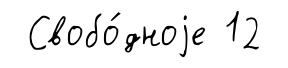
Свобо́дноjе 12